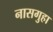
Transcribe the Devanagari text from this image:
नासगुहा